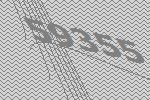
59355